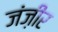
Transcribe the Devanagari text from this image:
जंज़ीर